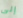
إلى